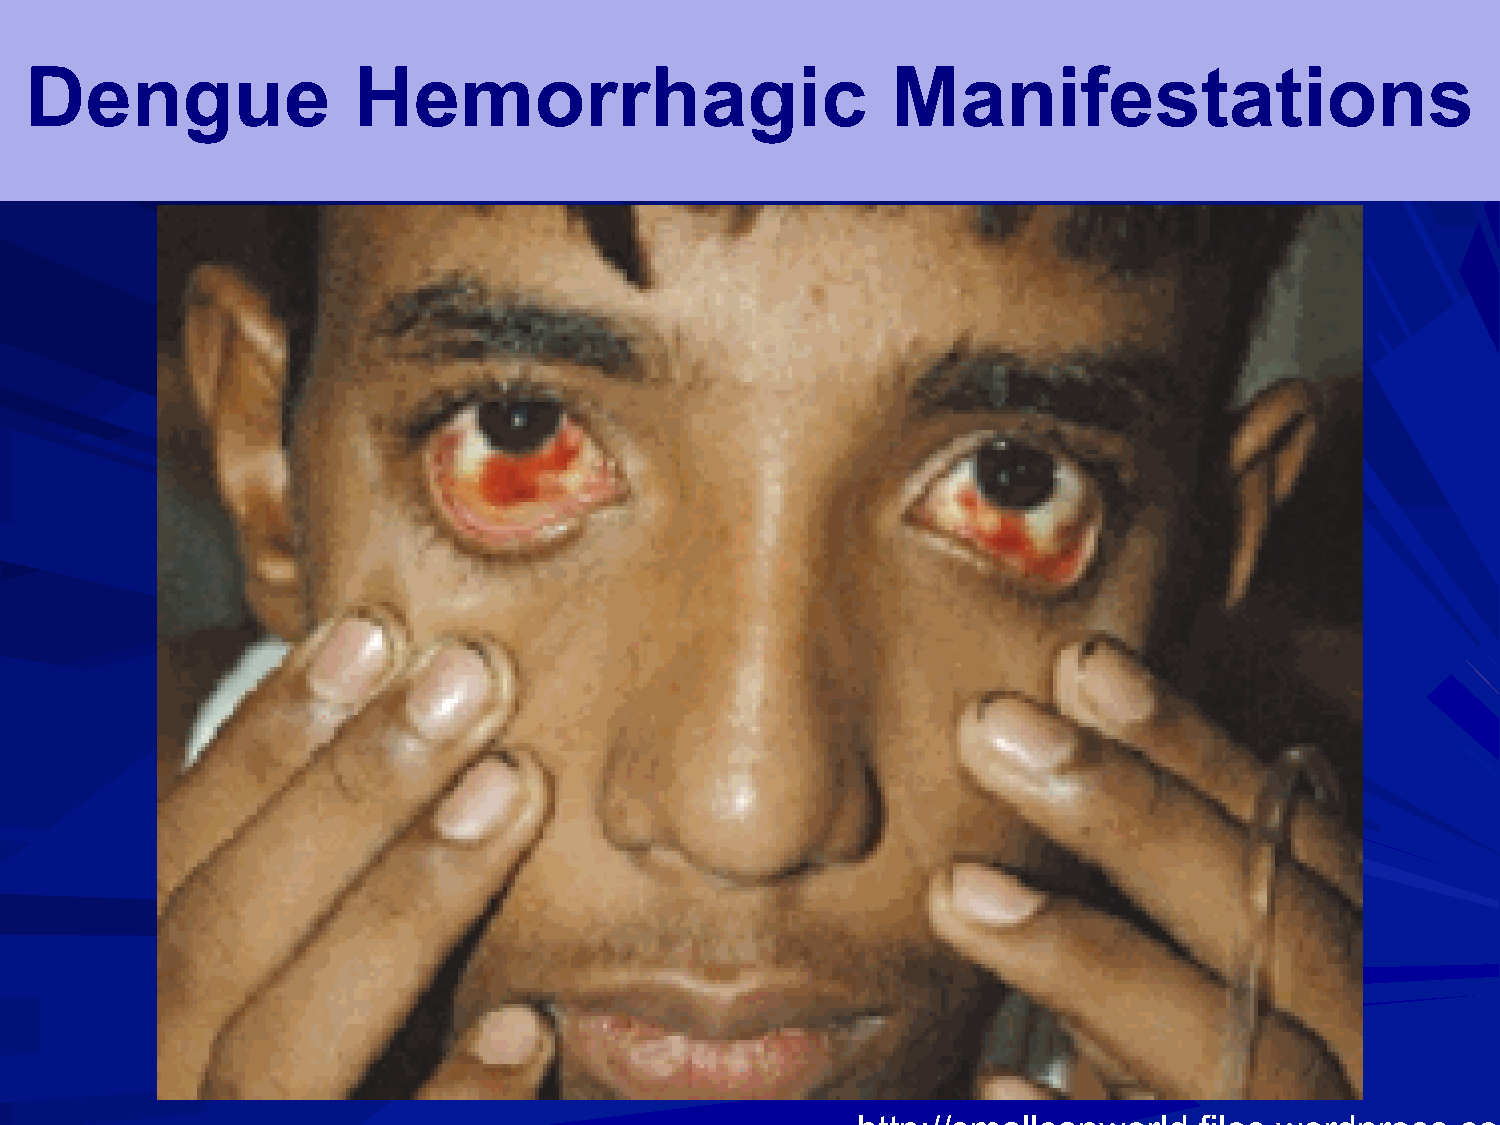
Dengue               Hemorrhagic                         Manifestations
 http://smallcapworld.files.wordpress.com/2010/10/dengue_fever2.jpg?w=300&h=223